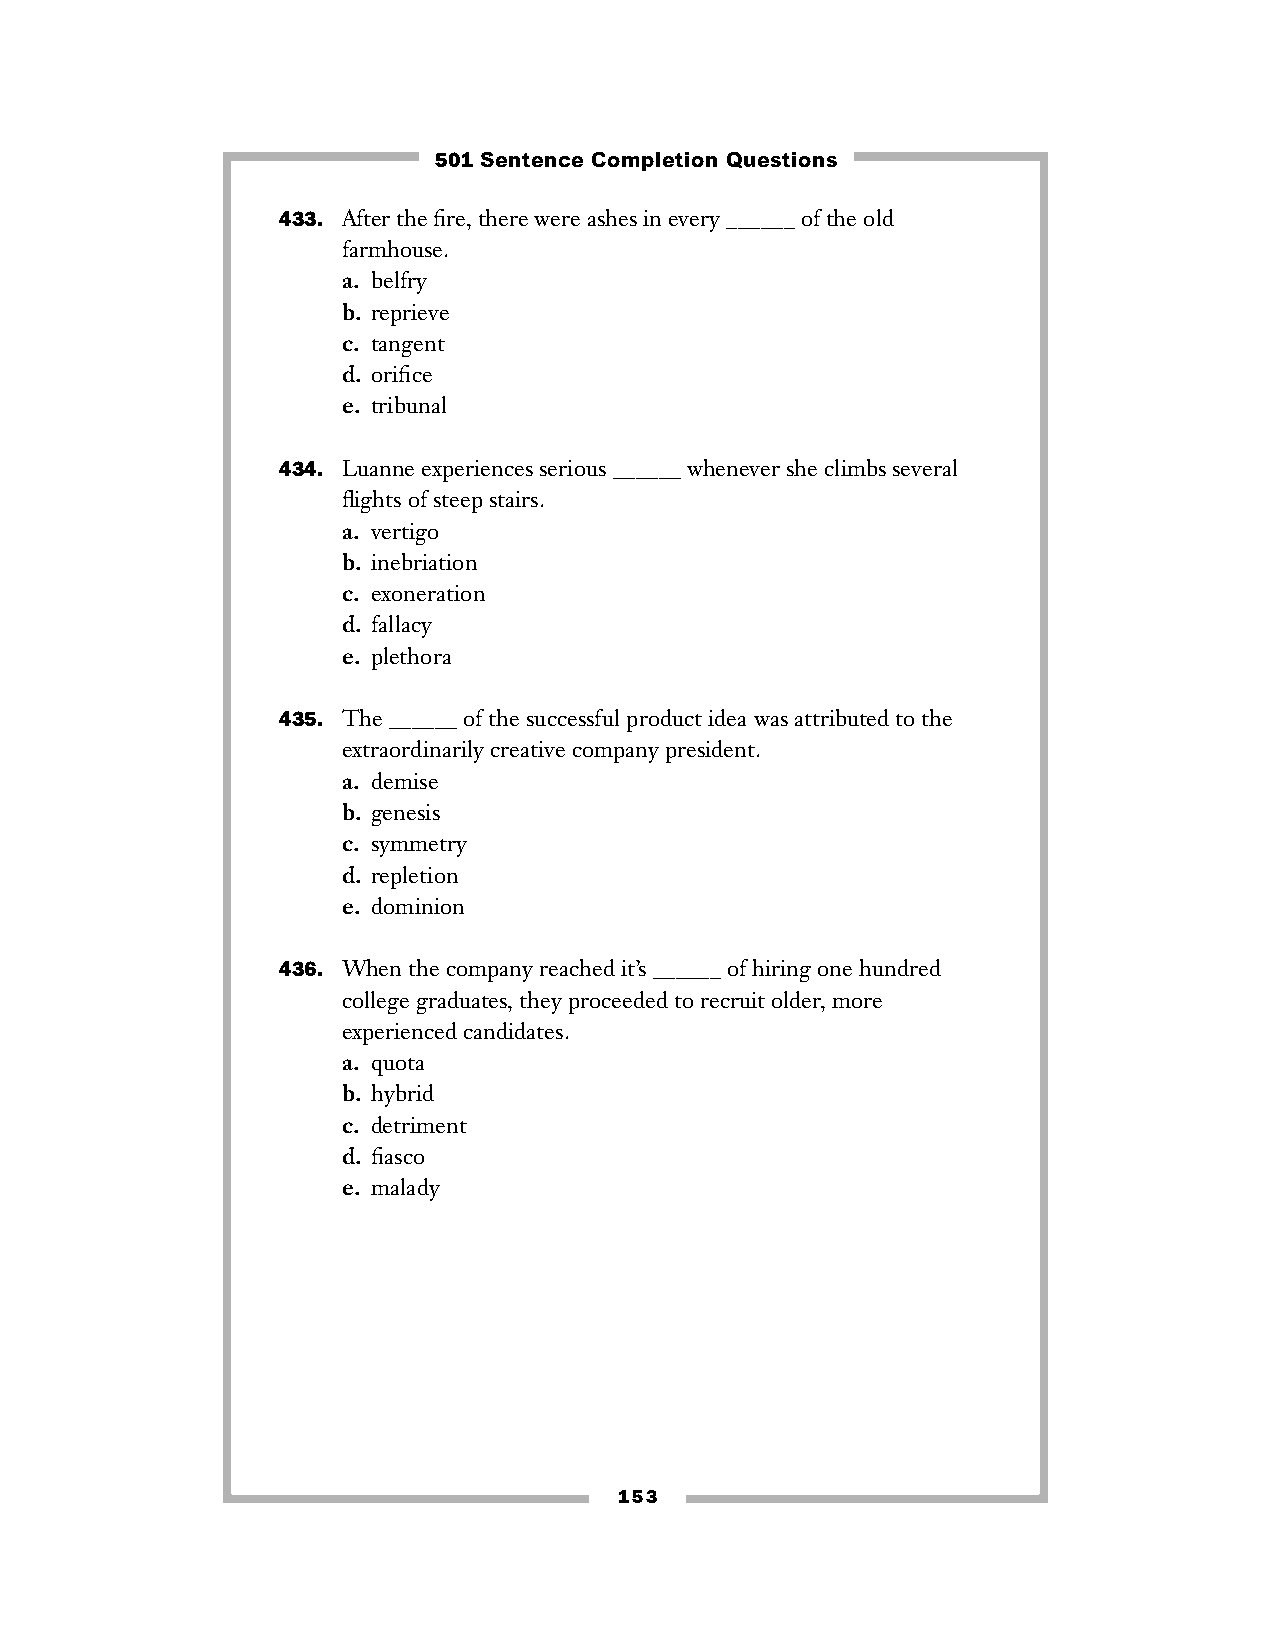
501 Sentence Completion Questions
 433. After the fire, there were ashes in every ______ of the old
 farmhouse.
 a. belfry
 b. reprieve
 c. tangent
 d. orifice
 e. tribunal
 434. Luanne experiences serious ______ whenever she climbs several
 flights of steep stairs.
 a. vertigo
 b. inebriation
 c. exoneration
 d. fallacy
 e. plethora
 435. The ______ of the successful product idea was attributed to the
 extraordinarily creative company president.
 a. demise
 b. genesis
 c. symmetry
 d. repletion
 e. dominion
 436. When the company reached it’s ______ of hiring one hundred
 college graduates, they proceeded to recruit older, more
 experienced candidates.
 a. quota
 b. hybrid
 c. detriment
 d. fiasco
 e. malady
 153